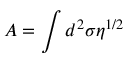
A = \int d ^ { 2 } \sigma \eta ^ { 1 / 2 }